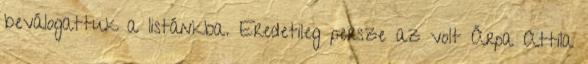
beválogattuk a listánkba. Eredetileg persze az volt Árpa Attila